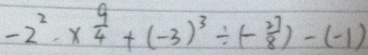
- 2 ^ { 2 } \times \frac { 9 } { 4 } + ( - 3 ) ^ { 3 } \div ( - \frac { 2 7 } { 8 } ) - ( - 1 )